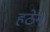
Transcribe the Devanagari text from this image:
हठेन